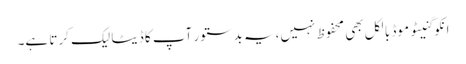
انکوگنیٹو موڈ بالکل بھی محفوظ نہیں، یہ بدستور آپ کا ڈیٹا لیک کرتا ہے۔